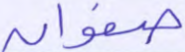
صفوان